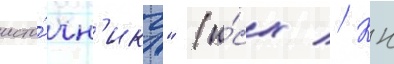
исто́чн'ику" (и́сх // Кн